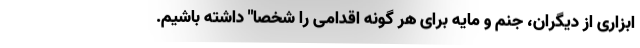
ابزاری از دیگران، جنم و مایه برای هر گونه اقدامی را شخصا" داشته باشیم.